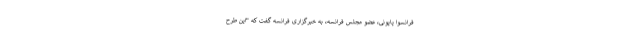
فرانسوا پاپونی، عضو مجلس فرانسه، به خبرگزاری فرانسه گفت که "این طرح